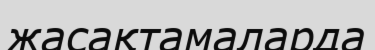
жасақтамаларда